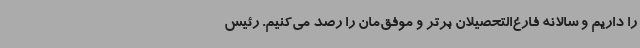
را داریم و سالانه فارغ‌التحصیلان برتر و موفق‌مان را رصد می‌کنیم. رئیس